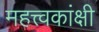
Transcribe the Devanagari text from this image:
महत्त्वकांक्षी